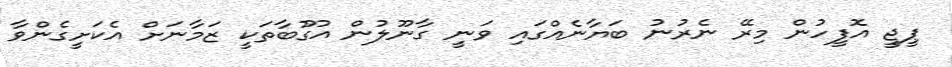
ޕީޖީ އޮފީހުން މިރޭ ނެރުނު ބަޔާނެއްގައި ވަނީ ގާނޫލުން އުގޫބާތަކީ ޒަމާނަށް އެކަށީގެންވާ